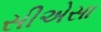
સીએસા